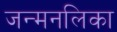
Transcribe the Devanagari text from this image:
जन्मनलिका